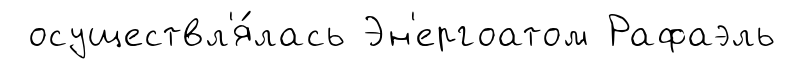
осуществл'я́лась Эн'ергоатом Рафаэль